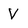
Character: V